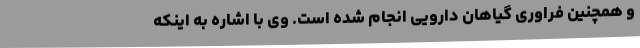
و همچنین فراوری گیاهان دارویی انجام شده است. وی با اشاره به اینکه